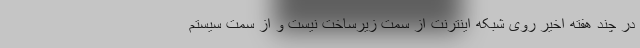
در چند هفته اخیر روی شبکه اینترنت از سمت زیرساخت نیست و از سمت سیستم